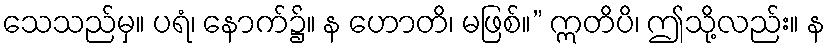
သေသည်မှ။ ပရံ၊ နောက်၌။ န ဟောတိ၊ မဖြစ်။” ဣတိပိ၊ ဤသို့လည်း။ န